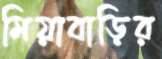
মিয়াবাড়ির